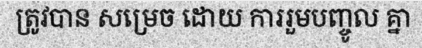
ត្រូវបាន សម្រេច ដោយ ការរួមបញ្ចូល គ្នា